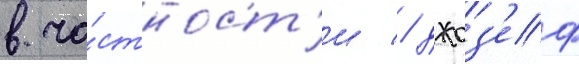
в ча́стност'и / джоз'еф